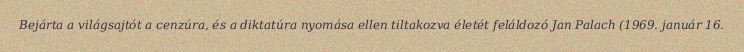
Bejárta a világsajtót a cenzúra, és a diktatúra nyomása ellen tiltakozva életét feláldozó Jan Palach (1969. január 16.